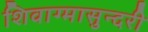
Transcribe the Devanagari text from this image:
शिवाग्मासुन्दरी